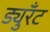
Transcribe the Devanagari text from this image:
ड्युरँट